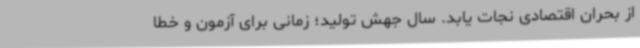
از بحران اقتصادی نجات یابد. سال جهش تولید؛ زمانی برای آزمون و خطا